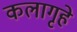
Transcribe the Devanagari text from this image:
कलागृहे